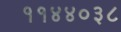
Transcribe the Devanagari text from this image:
११४४०३८